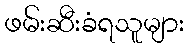
ဖမ်းဆီးခံရသူများ